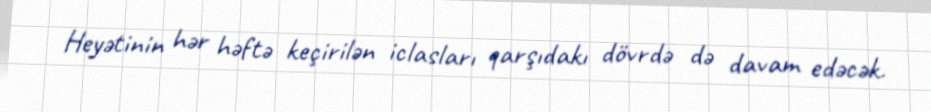
Heyətinin hər həftə keçirilən iclasları qarşıdakı dövrdə də davam edəcək.